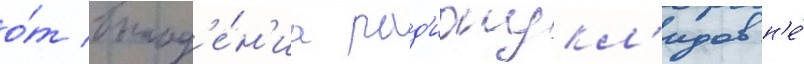
о́т выпад'е́н'иа рад'ионукл'идов н'е́